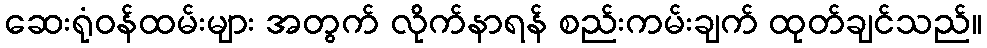
ဆေးရုံဝန်ထမ်းများ အတွက် လိုက်နာရန် စည်းကမ်းချက် ထုတ်ချင်သည်။